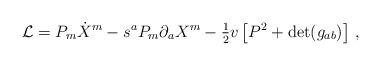
LaTeX: \begin{align*}{\cal L} = P_m \dot {X}^m - s^a P_m\partial_a X^m -{\textstyle{1\over 2}} v \left [ P^2 + {\rm det} (g_{ab}) \right ]\, ,\end{align*}